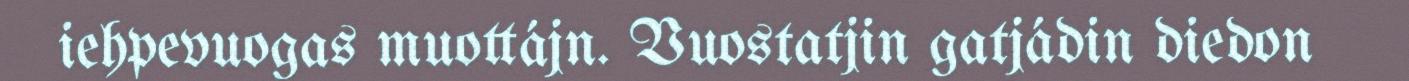
iehpevuogas muottájn. Vuostatjin gatjádin diedon